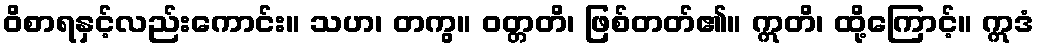
ဝိစာရနှင့်လည်းကောင်း။ သဟ၊ တကွ။ ဝတ္တတိ၊ ဖြစ်တတ်၏။ ဣတိ၊ ထို့ကြောင့်။ ဣဒံ